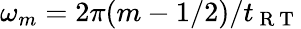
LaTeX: \omega_{m}=2\pi(m-1/2)/{t_{\mathrm{~R~T~}}}